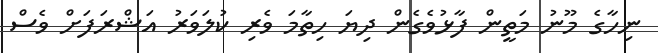
ނިހާގެ މޫނު މަތީން ފާޅުވެގެން ދިޔަ ހިތާމަ ވެރި ކުލަވަރު އަޝްރަފަށް ވެސް